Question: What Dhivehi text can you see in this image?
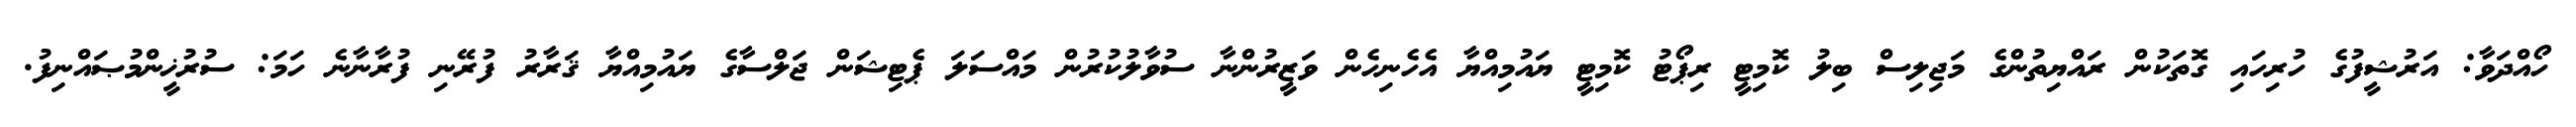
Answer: ހޯއްދަވާ: އަރުޝީފުގެ ހުރިހައި ގޮތަކުން ރައްޔިތުންގެ މަޖިލިސް ބިލު ކޮމިޓީ ރިޕޯޓު ކޮމިޓީ ޔައުމިއްޔާ އެހެނިހެން ވަޒީރުންނާ ސުވާލުކުރުން މައްސަލަ ޕެޓިޝަން ޖަލްސާގެ ޔައުމިއްޔާ ޤަރާރު ފުރޭނި ފުރާނާނެ ހަމަ: ސުރުޚީންމުޞައްނިފު.